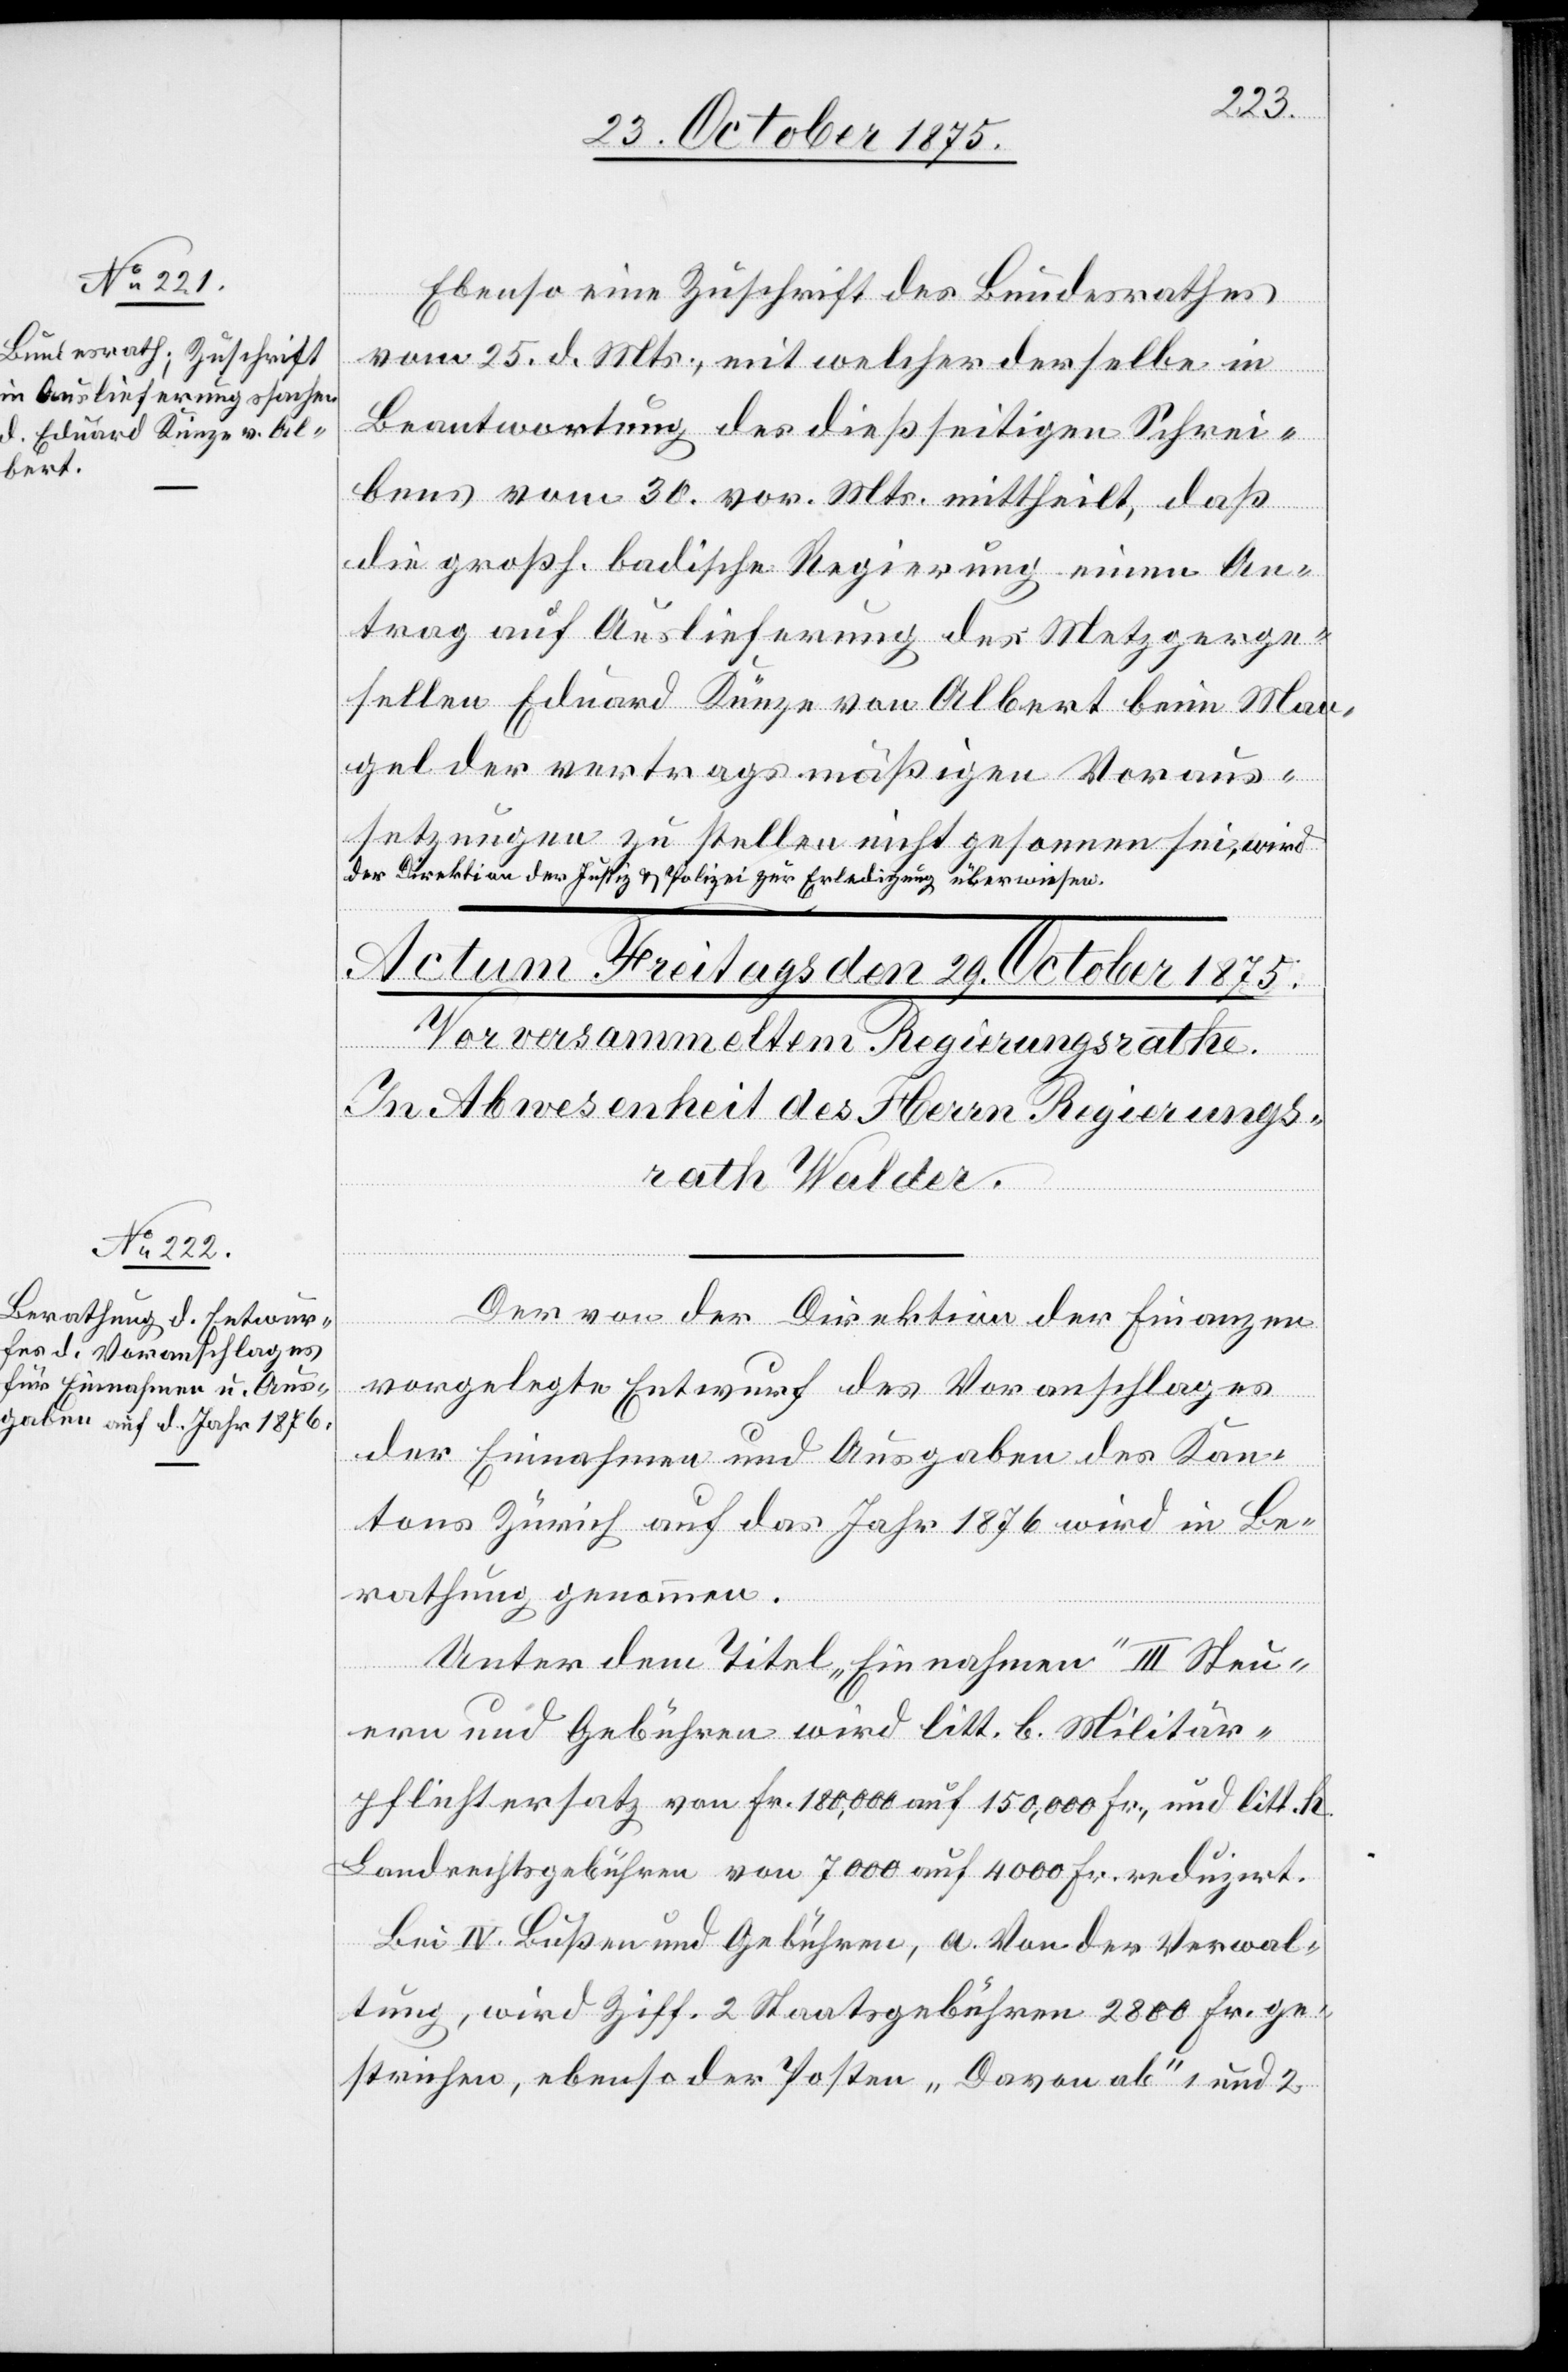
28. October 1875.]
Ebenso eine Zuschrift des Bundesrathes
vom 25. d. Mts., mit welcher derselbe in
Beantwortung des dießseitigen Schrei¬
bens vom 30. vor. Mts. mittheilt, daß
die großh. badische Regierung einen An¬
trag auf Auslieferung des Metzgerge¬
sellen Eduard Künze von Albert beim Man¬
gel der vertragsmäßigen Voraus¬
setzungen zu stellen nicht gesonnen sei, wird
der Direktion der Justiz & Polizei zur Erledigung überwiesen.
Der von der Direktion der Finanzen
vorgelegte Entwurf des Voranschlages
der Einnahmen und Ausgaben des Kan¬
tons Zürich auf das Jahr 1876 wird in Be¬
rathung genommen.
Unter dem Titel „Einnahmen“ III Steu¬
ern und Gebühren wird litt. b. Militär¬
pflichtersatz von Fr. 180,000 auf 150,000 Fr., und litt. h.
Landrechtsgebühren von 7000 auf 4000 Fr. reduzirt.
Bei IV. Bußen und Gebühren, a. Von der Verwal¬
tung, wird Ziff. 2 Staatsgebühren 2800 Fr. ge¬
strichen, ebenso der Posten „Davon als“ 1 und 2